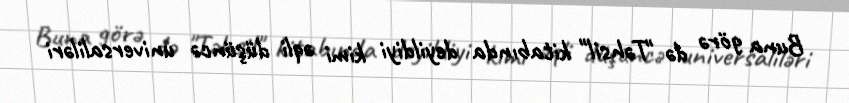
Buna görə də "Təhsil" kitabında deyildiyi kimi əqli düşüncə universaliləri